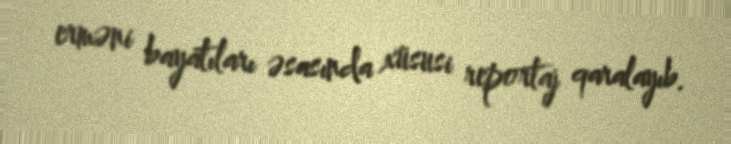
erməni bayatıları əsasında xüsusi reportaj qaralayıb.